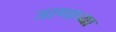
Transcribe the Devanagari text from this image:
जाणाच्या